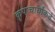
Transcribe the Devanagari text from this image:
कृपाचार्यांकडे